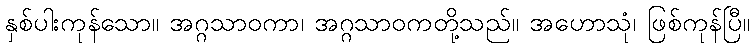
နှစ်ပါးကုန်သော။ အဂ္ဂသာဝကာ၊ အဂ္ဂသာဝကတို့သည်။ အဟောသုံ၊ ဖြစ်ကုန်ပြီ။